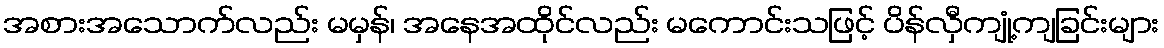
အစားအသောက်လည်း မမှန်၊ အနေအထိုင်လည်း မကောင်းသဖြင့် ပိန်လှီကျုံ့ကျခြင်းများ